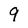
Character: 9